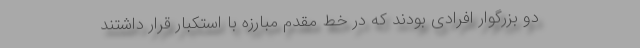
دو بزرگوار افرادی بودند که در خط مقدم مبارزه با استکبار قرار داشتند